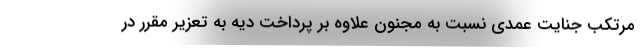
مرتکب جنایت عمدی نسبت به مجنون علاوه بر پرداخت دیه به تعزیر مقرر در